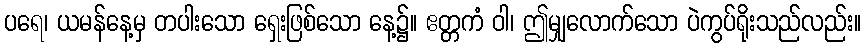
ပရေ၊ ယမန်နေ့မှ တပါးသော ရှေးဖြစ်သော နေ့၌။ ဧတ္တကံ ဝါ၊ ဤမျှလောက်သော ပဲကွပ်ရိုးသည်လည်း။